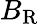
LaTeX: B_{\mathrm{R}}